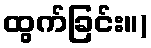
ထွက်ခြင်း။)